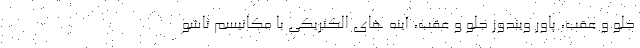
جلو و عقب، پاور ویندوز جلو و عقب، آینه های الکتریکی با مکانیسم تاشو